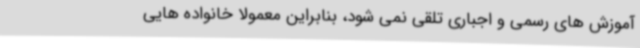
آموزش های رسمی و اجباری تلقی نمی شود، بنابراین معمولا خانواده هایی